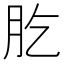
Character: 肐